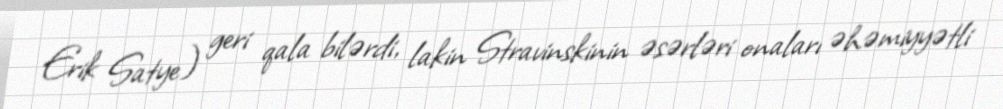
Erik Satye) geri qala bilərdi, lakin Stravinskinin əsərləri onaları əhəmiyyətli